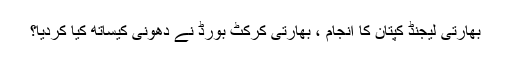
بهارتی لیجنڈ کپتان کا انجام ، بھارتی کرکٹ بورڈ نے دھونی کیساتھ کیا کردیا؟